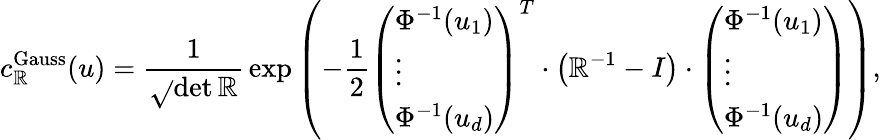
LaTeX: c_{\mathbb{R}}^{\mathrm{{Gauss}}}(u)={\frac{{1}}{{\sqrt{}{{\operatorname*{det}{\mathbb{R}}}}}}}\exp\left(-{\frac{{1}}{{2}}}{\left(\begin{array}{l}{\Phi^{-1}(u_{1})}\\ {\vdots}\\ {\Phi^{-1}(u_{d})}\end{array}\right)}^{T}\cdot\left(\mathbb{R}^{-1}-I\right)\cdot{\left(\begin{array}{l}{\Phi^{-1}(u_{1})}\\ {\vdots}\\ {\Phi^{-1}(u_{d})}\end{array}\right)}\right),